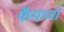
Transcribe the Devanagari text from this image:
फैयाजी